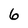
Character: 6